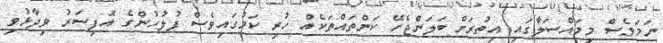
ނަމަވެސް މިމައްސަލާގައި އިތުރަށް ބަލަންޖެހޭ ކަންތައްތަކެއް ހުރި ކަމުގައިވެސް ފުލުހުންގެ އޮފިސަރު ވިދާޅުވި